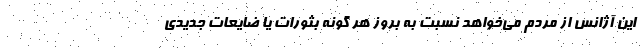
این آژانس از مردم می‌خواهد نسبت به بروز هر گونه بثورات یا ضایعات جدیدی